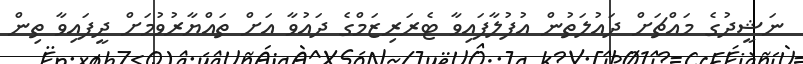
ނަޝީދުގެ މައްޗަށް ދައުލަތުން އުފުލާފައިވާ ޓެރަރިޒަމްގެ ދައުވާ އަށް ތައްޔާރުވުމަށް ދީފައިވާ ތިން